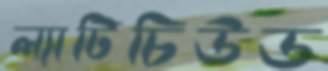
ল্যাটিচিউড